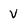
Character: v